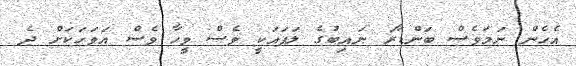
އެހެން ނަމަވެސް ބަންޑާރަ ނައިބުގެ ލަފައަކީ ވެސް ވީހާ ވެސް އަވަހަކަށް ދެ